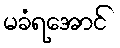
မခံရအောင်